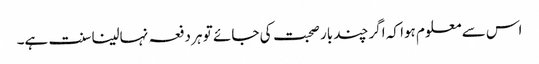
اس سے معلوم ہوا کہ اگر چند بار صحبت کی جائے تو ہر دفعہ نہالینا سنت ہے۔